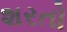
શરતો